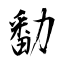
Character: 勫